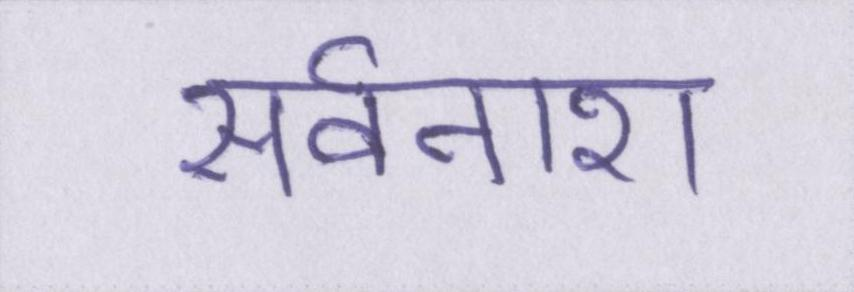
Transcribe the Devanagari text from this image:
सर्वनाश